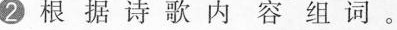
2 根据诗歌内容组词。